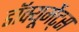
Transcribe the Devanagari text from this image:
डॉक्यूमेंट्स